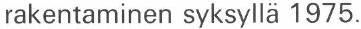
rakentaminen syksyllä 1975.